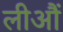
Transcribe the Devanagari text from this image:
लीऔं